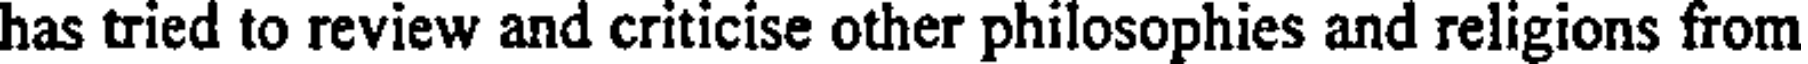
has tried to review and criticise other philosophies and religions from